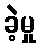
ခဲ့မှု